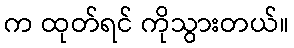
က ထုတ်ရင် ကိုသွားတယ်။